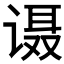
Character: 𰵹